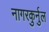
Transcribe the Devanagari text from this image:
नागरकुर्नुल